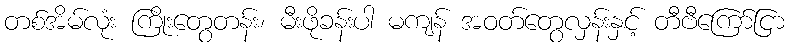
တစ်အိမ်လုံး ကြိုးတွေတန်း၊ မီးဖိုခန်းပါ မကျန် အဝတ်တွေလှန်းနှင့် တီဗီကြော်ငြာ